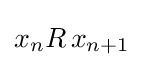
x_{n}R\,x_{n+1}